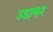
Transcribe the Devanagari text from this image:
उडा़कर